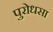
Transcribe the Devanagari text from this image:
पुरोधसा